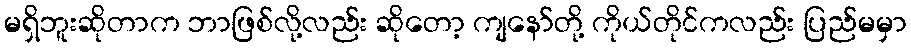
မရှိဘူးဆိုတာက ဘာဖြစ်လို့လည်း ဆိုတော့ ကျနော်တို့ ကိုယ်တိုင်ကလည်း ပြည်မမှာ